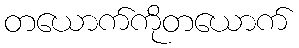
တယောက်ကိုတယောက်